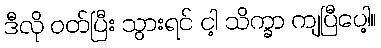
ဒီလို ဝတ်ပြီး သွားရင် ငါ့ သိက္ခာ ကျပြီပေါ့။